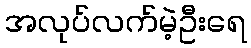
အလုပ်လက်မဲ့ဦးရေ